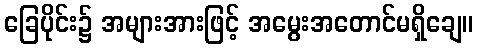
ခြေပိုင်း၌ အများအားဖြင့် အမွေးအတောင်မရှိချေ။